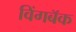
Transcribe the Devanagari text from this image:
विंगबॅक